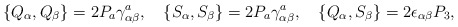
\begin{align*}\{Q_\alpha,Q_\beta\}=2P_a\gamma^a_{\alpha\beta},\quad\{S_\alpha,S_\beta\}=2P_a\gamma^a_{\alpha\beta},\quad \{Q_\alpha,S_\beta\}=2\epsilon_{\alpha\beta}P_3,\end{align*}